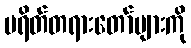
ပရိတ်တရားတော်များကို